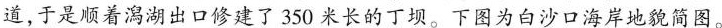
道，于是顺着澙湖出口修建了350米长的丁坝。下图为白沙口海岸地貌简图。